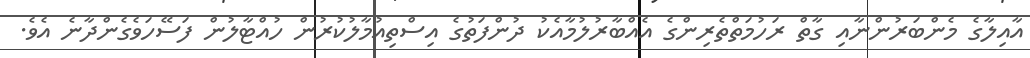
އާއިލާގެ މެންބަރުންނާއި ގާތް ރަހުމަތްތެރިންގެ އެއްބާރުލުމާއެކު ދުންފަތުގެ އިސްތިއުމާލުކުރުން ހުއްޓާލުން ފަސޭހަވެގެންދާނެ އެވެ.